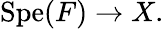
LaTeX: \mathrm{Spe}(F)\to X.